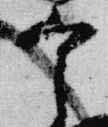
宰